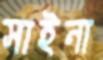
সাইনা